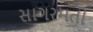
સાગરમતી